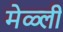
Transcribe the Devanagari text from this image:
मेळ्ली